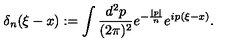
\delta _ { n } ( \xi - x ) : = \int \frac { d ^ { 2 } p } { ( 2 \pi ) ^ { 2 } } e ^ { - \frac { | p | } { n } } e ^ { i p ( \xi - x ) } .